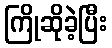
ကြိုဆိုခဲ့ပြီး